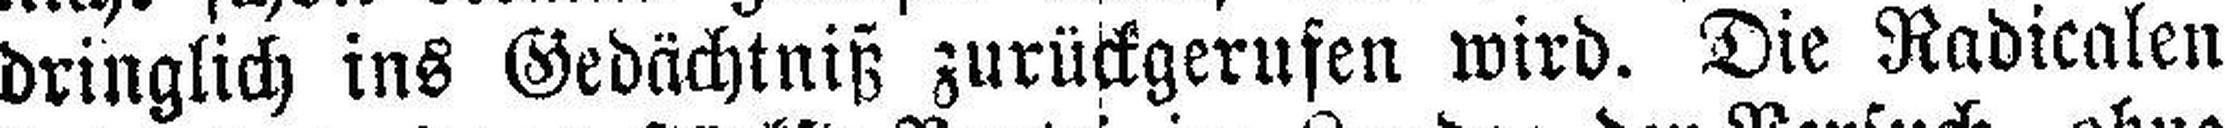
dringlich ins Gedächtniß zurückgerufen wird. Die Radicalen